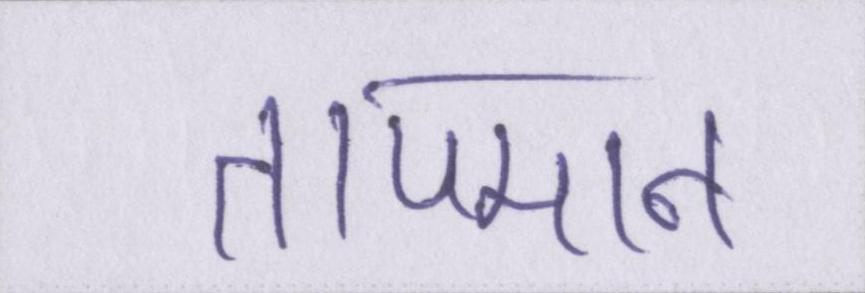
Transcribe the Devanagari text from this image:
तापमान